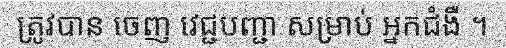
ត្រូវបាន ចេញ វេជ្ជបញ្ជា សម្រាប់ អ្នកជំងឺ ។